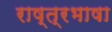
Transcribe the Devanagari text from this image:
राष्त्रभाषा